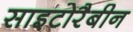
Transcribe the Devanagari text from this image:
साइटोरैबीन